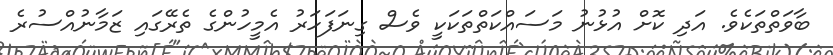
ބާވަތްތަކެވެ. އަދި ކޮށް އުޅުނު މަސައްކަތްތަކަކީ ވެސް ގިނަފަހަރު އެމީހުންގެ ތެރޭގައި ޒަމާނުއްސުރެ